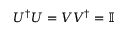
U ^ { \dagger } U = V V ^ { \dagger } = \mathbb { I }